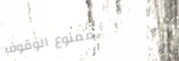
ممنوع الوقوف